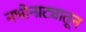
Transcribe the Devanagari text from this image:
नभोनाट्यातून